system: You are a helpful assistant.
user:
Analyze the provided spectrum to determine if it is a **S-type Star**.

- **Key Indicators for S-type Star:**

    - **(Overall Spectrum Shape):** The first and most obvious characteristic is the overall continuum (the "baseline" shape). It is **extremely "red-sloping,"** meaning the flux (light intensity) is very low on the left side (blue, ~4000-4500 Å) and rises steeply and continuously toward the right side (red, ~7000 Å+).

    - **(Primary):** The spectrum is defined by the presence of strong, broad molecular absorption "valleys" (bands) from **Zirconium Oxide (ZrO)**. The identification of these bands is the **primary requirement** for classifying a star as S-type.
        - **(Key Bandheads):** You must find distinct, deep "dips" where the light has been absorbed. The most critical band systems to locate are:
            - **~6474 Å** ($\gamma$-system): This is often the strongest and clearest ZrO feature, found in the red part of the spectrum.
            - **~5718 Å** & **~5551 Å** ($\beta$-system): A pair of prominent absorption features in the yellow-orange part of the spectrum.
            - **~4640 Å** ($\alpha$-system): A key absorption band system in the blue-green region of the spectrum.

    - **(Secondary Confirmation):** The classification is strengthened by finding additional absorption bands from other related heavy element oxides, which are expected to be present alongside ZrO.
        - **(Key Bandheads):**
            - **Yttrium Oxide (YO):** Look for absorption dips near **~4800 Å** and **~6100 Å**.
            - **Lanthanum Oxide (LaO):** Additional absorption features, particularly in the red-orange part of the spectrum, are also characteristic.

    - **(Line Profile):** The combination of the steep red continuum and these numerous, deep molecular bands (ZrO, YO, etc.) gives the entire spectrum a very **"chopped-up"** or **"bumpy"** appearance. Instead of a smooth curve, the spectrum looks as though large, wide chunks of light have been "carved out" of it at the specific wavelengths listed above.

Think first, call **spectral_visualization_tool** if needed to examine features in detail, then provide your final answer. Your response must adhere to the following strict rules:
1.  **Overall Structure:** Your response must follow the format `<think>...</think> <tool_call>...</tool_call> (if a tool is used) <answer>...</answer>`.
2.  **Tool Usage Constraint:** You may only make **one** tool call per turn.
3.  **Final Answer Format:** In the `<answer>` tag, your conclusion must be inside a `\boxed{}` command (e.g., `\boxed{YES}` or `\boxed{NO}`), followed by your justification.

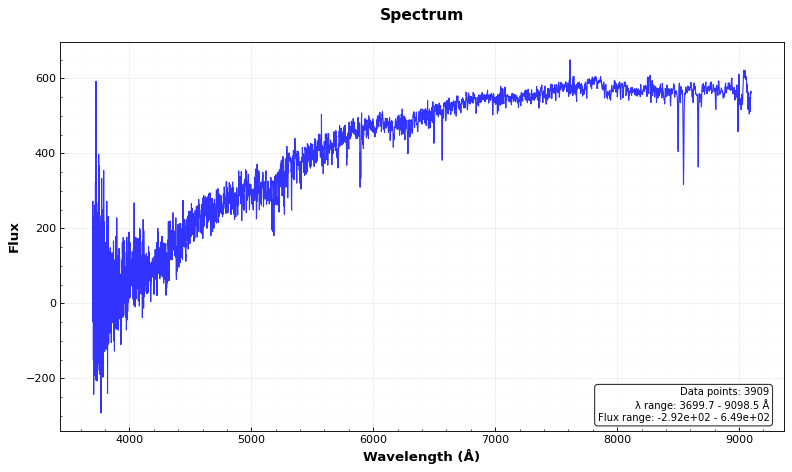
Answer: NO